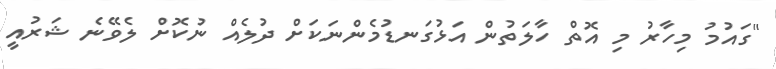
"ގައުމު މިހާރު މި އޮތް ހާލަތުން އަޅުގަނޑުމެންނަކަށް ދުލެއް ނުކޮށް ލެވޭނެ ޝަރުއީ